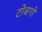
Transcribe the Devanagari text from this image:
टोबगो